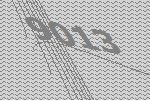
9013